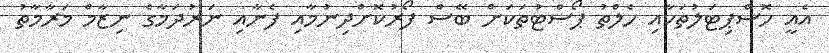
އެއީ ހޮސްޕިޓަލުތަކާއި ހެލްތު ޕޯސްޓުތަކަށް ބޭސް ފޯރުކޮށްދިނުމާއި ފެނާއި ނަރުދަމާގެ ނިޒާމް މަރާމާތު